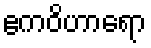
ဧကဝိဟာရော